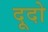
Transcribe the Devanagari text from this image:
दूदो